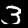
Digit: 3